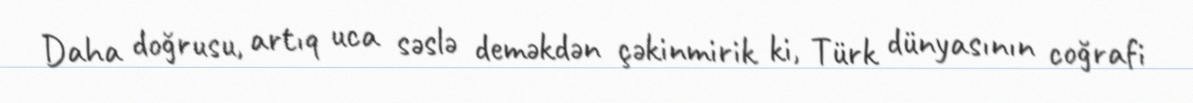
Daha doğrusu, artıq uca səslə deməkdən çəkinmirik ki, Türk dünyasının coğrafi